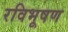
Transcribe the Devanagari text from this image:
रविभूषण